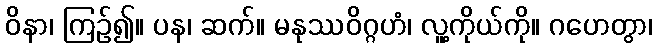
ဝိနာ၊ ကြဉ်၍။ ပန၊ ဆက်။ မနုဿဝိဂ္ဂဟံ၊ လူ့ကိုယ်ကို။ ဂဟေတွာ၊